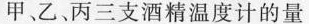
甲乙、丙三支酒精温度计的量